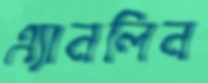
এ্যানলিন